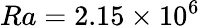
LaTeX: Ra=2.15\times 10^{6}